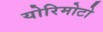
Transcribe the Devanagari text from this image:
योरिमोटो